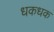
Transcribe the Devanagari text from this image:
धकधक